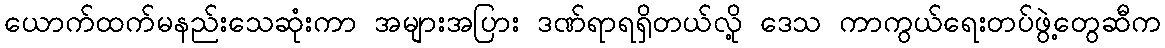
ယောက်ထက်မနည်းသေဆုံးကာ အများအပြား ဒဏ်ရာရရှိတယ်လို့ ဒေသ ကာကွယ်ရေးတပ်ဖွဲ့တွေဆီက